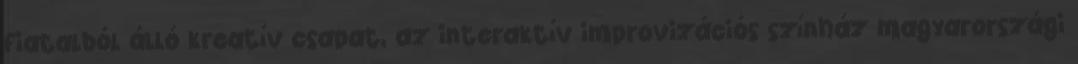
fiatalból álló kreatív csapat, az interaktív improvizációs színház magyarországi